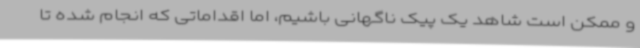
و ممکن است شاهد یک پیک ناگهانی باشیم، اما اقداماتی که انجام شده تا